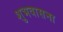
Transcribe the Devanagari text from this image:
शुभवासना